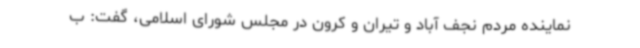
نماینده مردم نجف آباد و تیران و کرون در مجلس شورای اسلامی، گفت: ب